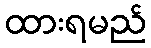
ထားရမည်